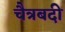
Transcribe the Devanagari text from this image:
चैत्रबदी